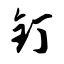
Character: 钉